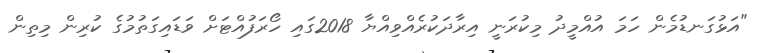
"އަޅުގަނޑުމެން ހަަމަ އުއްމީދު މިކުރަނީ އިރާދަކުރެއްވިއްޔާ 2018ގައި ހޯރަފުއްޓަށް ވަޑައިގަތުމުގެ ކުރިން މިތިން